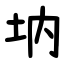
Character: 㘨